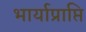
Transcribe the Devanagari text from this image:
भार्याप्राप्ति